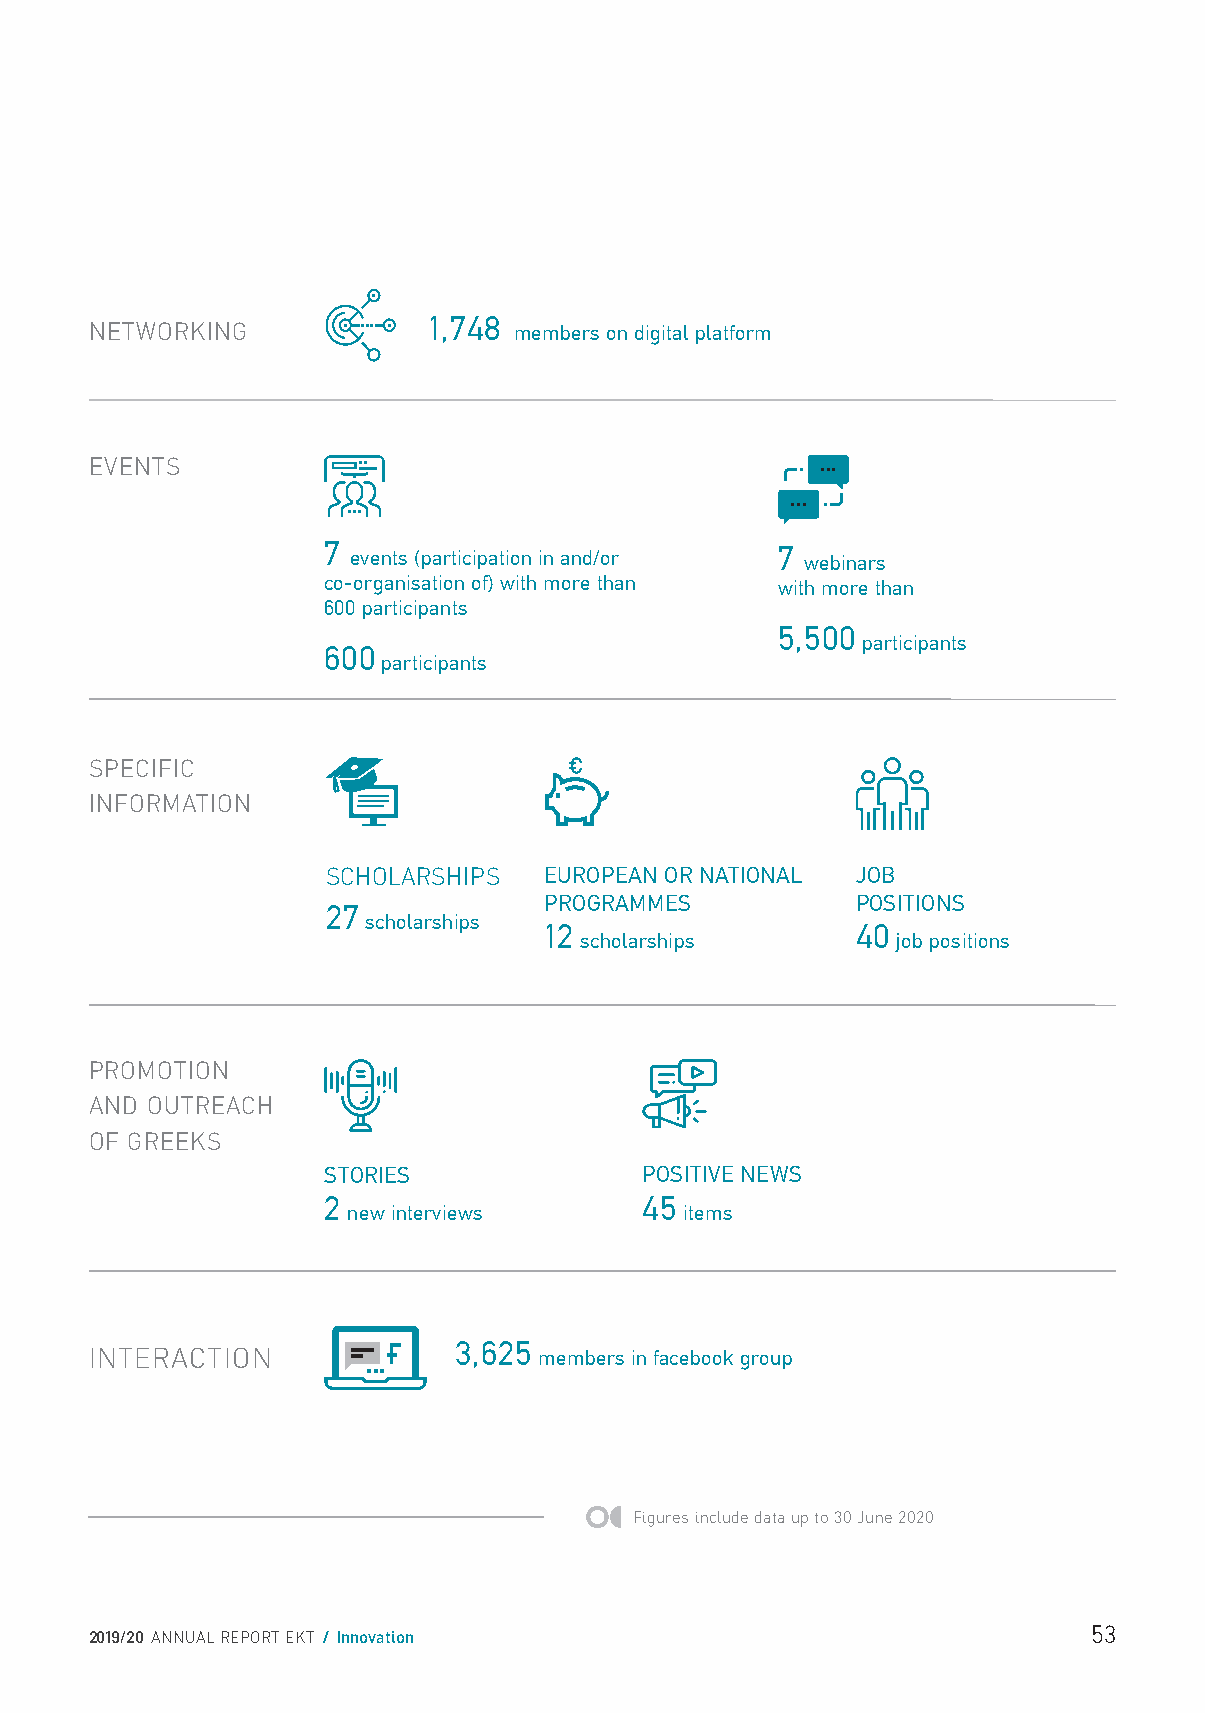
NETWORKING
 1,748
 members on digital platform
 EVENTS
 7 events (participation in and/or 7 webinars
 co-organisation of) with more than with more than
 600 participants
 5,500
 participants
 600
 participants
 SPECIFIC
 INFORMATION
 SCHOLARSHIPS  EUROPEAN OR NATIONAL JOB
 PROGRAMMES           POSITIONS
 27
 scholarships
 12                   40
 scholarships         job positions
 PROMOTION
 AND OUTREACH
 OF GREEKS
 STORIES               POSITIVE NEWS
 2                     45
 new interviews        items
 3,625
 INTERACTION                   members in facebook group
 Figures include data up to 30 June 2020
 53
 2019/20 ANNUAL REPORT EKT / Innovation